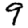
Digit: 9